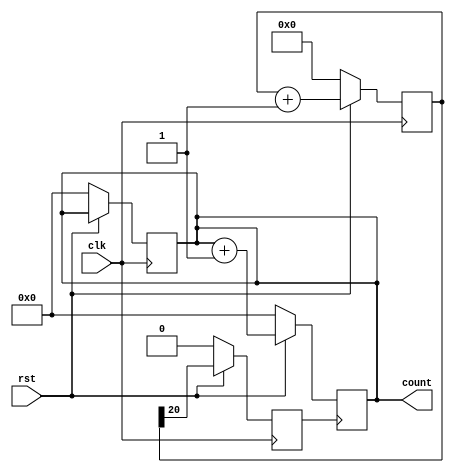
`timescale 1ns / 1ps
//////////////////////////////////////////////////////////////////////////////////
// Company: 
// Engineer: 
// 
// Design Name: 
// Module Name: counter_4bit
// Project Name: 
// Target Devices: 
// Tool Versions: 
// Description: 
// 
// Dependencies: 
// 
// Revision:
// Revision 0.01 - File Created
// Additional Comments:
// 
//////////////////////////////////////////////////////////////////////////////////
module counter_4b(clk,rst,count); // Port Information
input clk,rst;  //Input Ports
output reg [3:0] count;  //Output Ports
reg [25:0]temp;   //Temporary variables
reg clk_div;

always@(posedge clk)
begin
if(!rst)
begin
temp=0;
clk_div<='d0;
count <= 'd0;
end
else
begin

temp<=temp+26'd1;
clk_div<=temp[20];
end
end

always@(posedge clk_div)
begin
if(!rst)
count<=4'd0;
else
   count<=count+4'd1;
end


endmodule